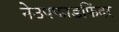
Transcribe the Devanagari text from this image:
नेउपफाडफिंदर